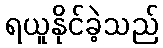
ရယူနိုင်ခဲ့သည်